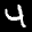
Label: 4